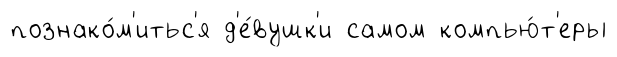
познако́м'итьс'я д'е́вушк'и самом компью́т'еры